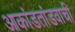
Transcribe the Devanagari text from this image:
आकांडतांडवाची